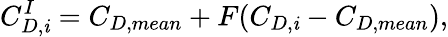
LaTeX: C_{D,\mathit{i}}^{I}=C_{D,mean}+F(C_{D,\mathit{i}}-C_{D,mean}),